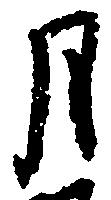
月